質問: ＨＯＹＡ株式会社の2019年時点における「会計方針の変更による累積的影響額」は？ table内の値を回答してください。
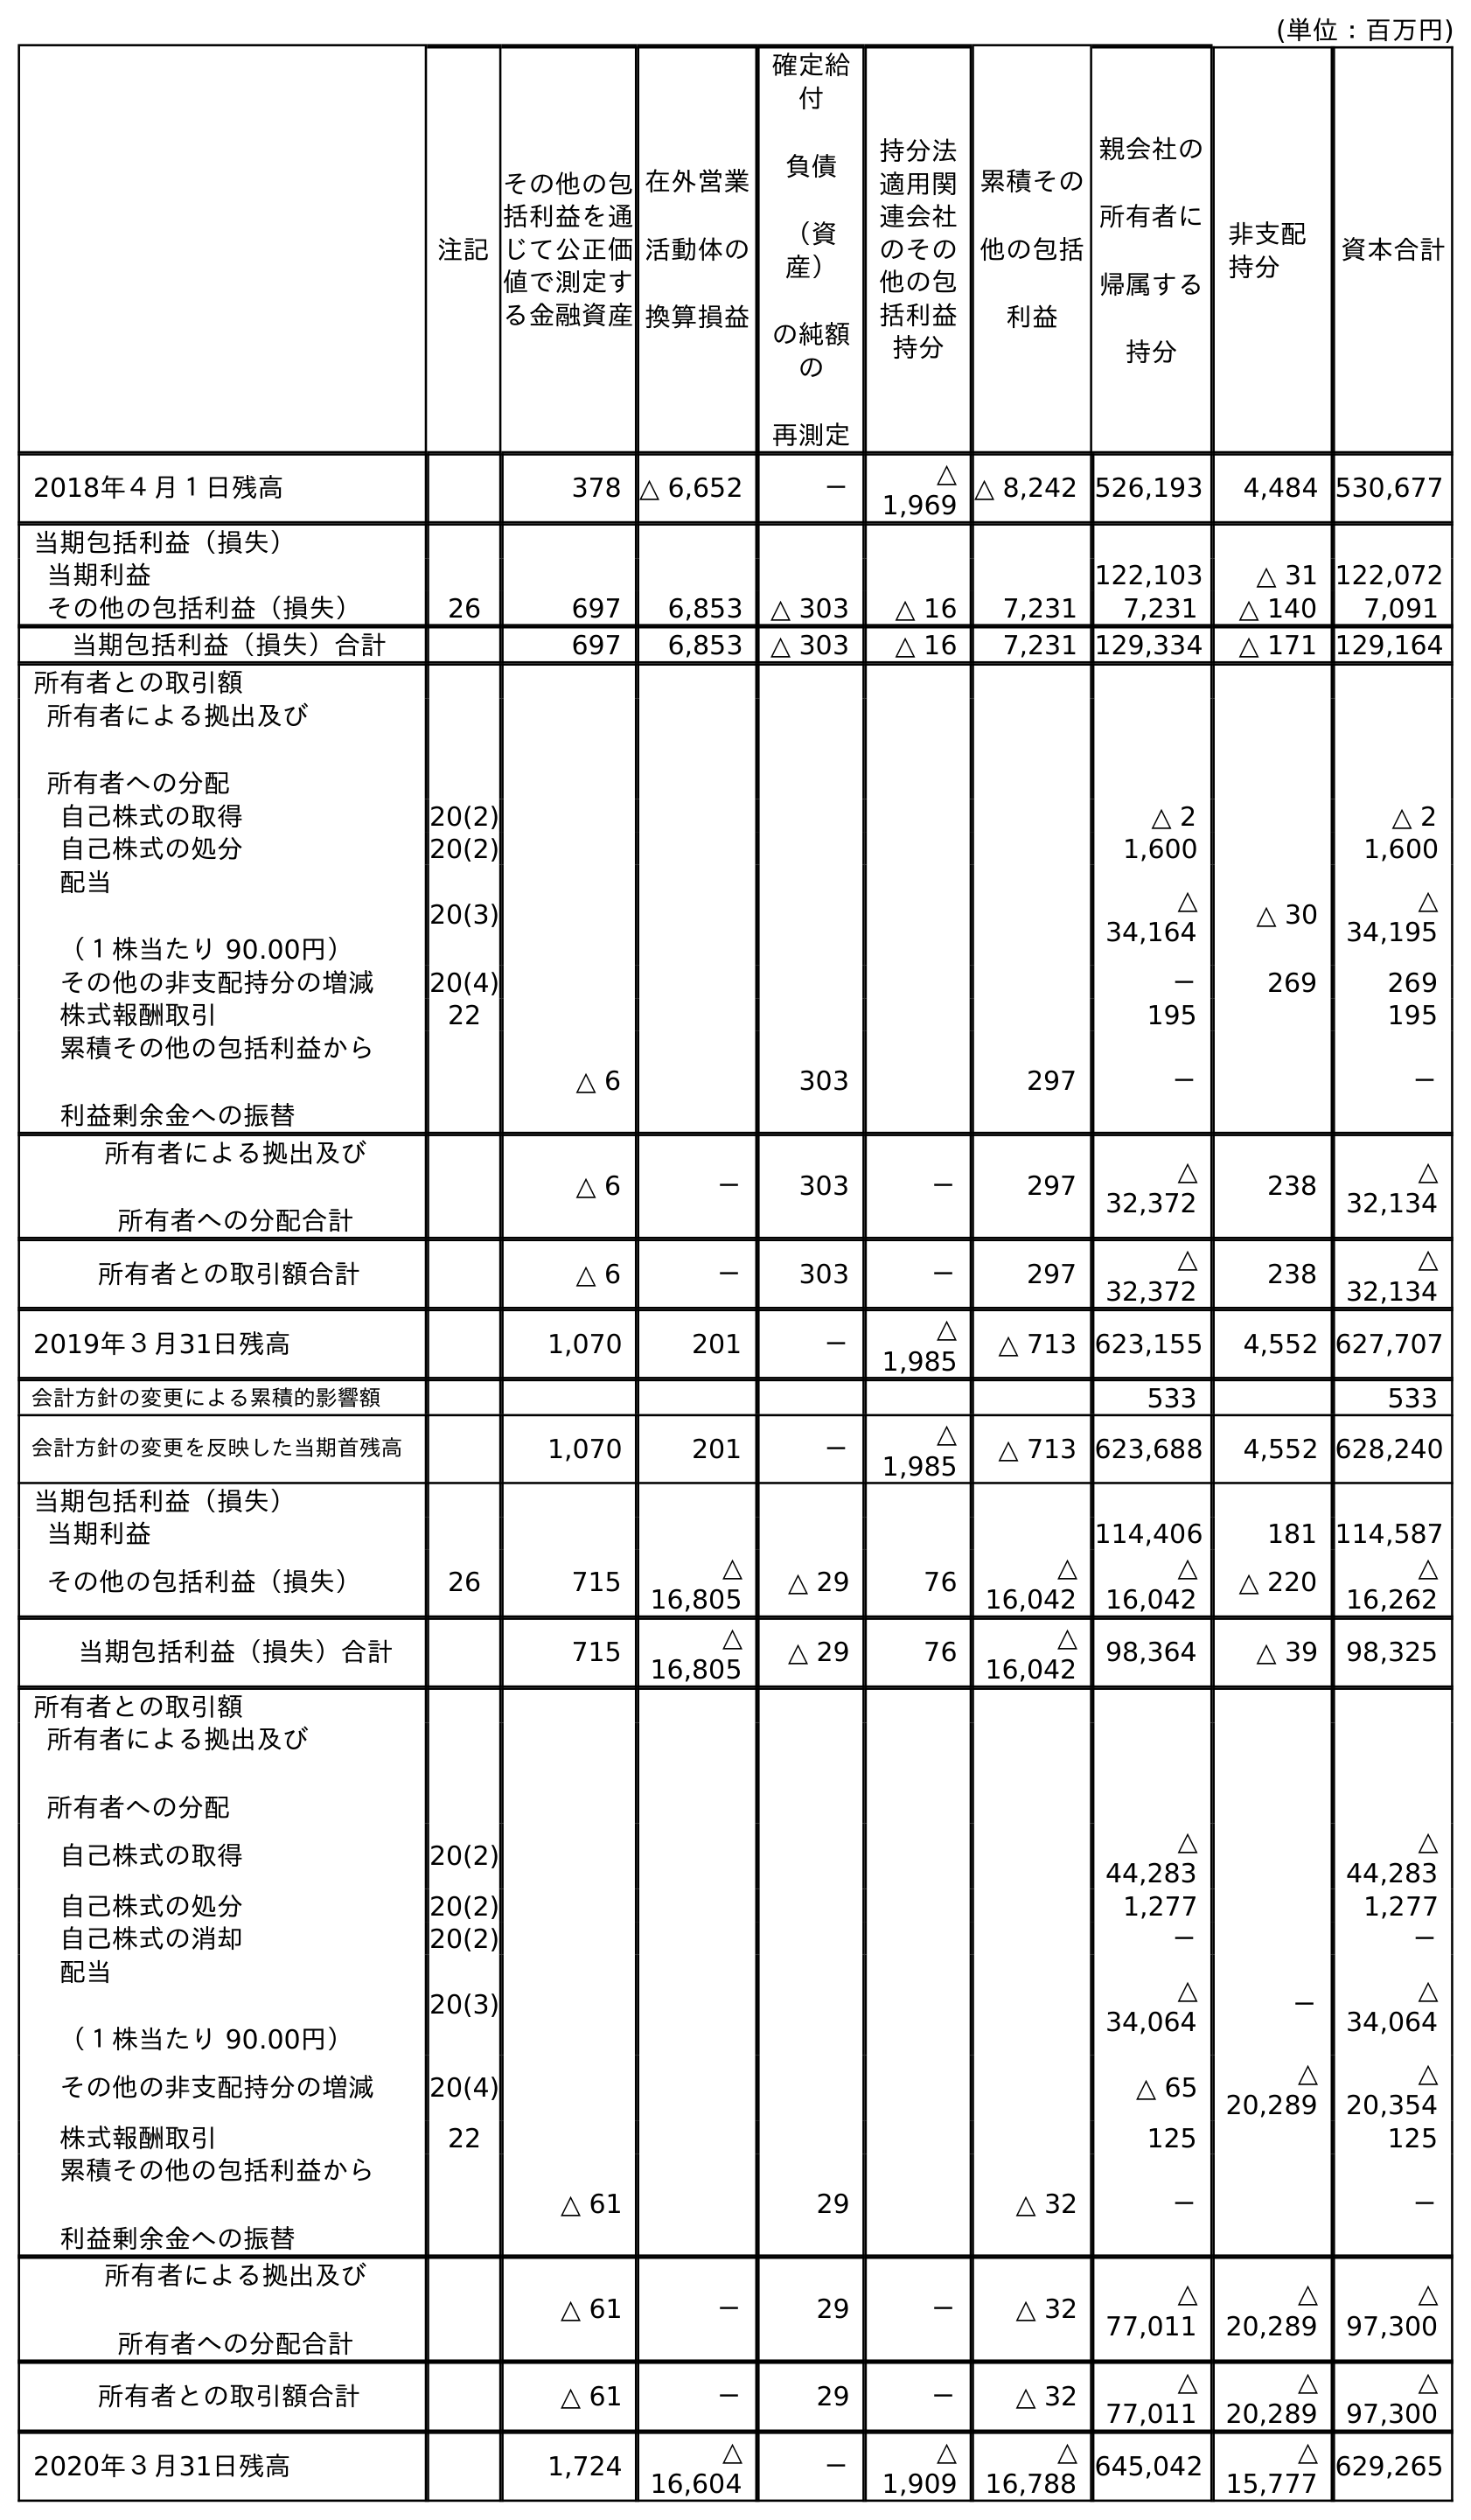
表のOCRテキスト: (単位：百万円) 注記 親会社の 所有者に 帰属する 持分 非支配 持分 資本合計 その他の包 括利益を通 じて公正価 値で測定す る金融資産 在外営業 活動体の 換算損益 確定給 付 負債 （資 産） の純額 の 再測定 持分法 適用関 連会社 のその 他の包 括利益 持分 累積その 他の包括 利益 2018年４月１日残高 378 △ 6,652 － △ 1,969 △ 8,242 526,193 4,484 530,677 当期包括利益（損失） 当期利益 122,103 △ 31 122,072 その他の包括利益（損失） 26 697 6,853 △ 303 △ 16 7,231 7,231 △ 140 7,091 当期包括利益（損失）合計 697 6,853 △ 303 △ 16 7,231 129,334 △ 171 129,164 所有者との取引額 所有者による拠出及び 所有者への分配 自己株式の取得 20(2) △ 2 △ 2 自己株式の処分 20(2) 1,600 1,600 配当 （１株当たり 90.00円） 20(3) △ 34,164 △ 30 △ 34,195 その他の非支配持分の増減 20(4) － 269 269 株式報酬取引 22 195 195 累積その他の包括利益から 利益剰余金への振替 △ 6 303 297 － － 所有者による拠出及び 所有者への分配合計 △ 6 － 303 － 297 △ 32,372 238 △ 32,134 所有者との取引額合計 △ 6 － 303 － 297 △ 32,372 238 △ 32,134 2019年３月31日残高 1,070 201 － △ 1,985 △ 713 623,155 4,552 627,707 会計方針の変更による累積的影響額 533 533 会計方針の変更を反映した当期首残高 1,070 201 － △ 1,985 △ 713 623,688 4,552 628,240 当期包括利益（損失） 当期利益 114,406 181 114,587 その他の包括利益（損失） 26 715 △ 16,805 △ 29 76 △ 16,042 △ 16,042 △ 220 △ 16,262 当期包括利益（損失）合計 715 △ 16,805 △ 29 76 △ 16,042 98,364 △ 39 98,325 所有者との取引額 所有者による拠出及び 所有者への分配 自己株式の取得 20(2) △ 44,283 △ 44,283 自己株式の処分 20(2) 1,277 1,277 自己株式の消却 20(2) － － 配当 （１株当たり 90.00円） 20(3) △ 34,064 － △ 34,064 その他の非支配持分の増減 20(4) △ 65 △ 20,289 △ 20,354 株式報酬取引 22 125 125 累積その他の包括利益から 利益剰余金への振替 △ 61 29 △ 32 － － 所有者による拠出及び 所有者への分配合計 △ 61 － 29 － △ 32 △ 77,011 △ 20,289 △ 97,300 所有者との取引額合計 △ 61 － 29 － △ 32 △ 77,011 △ 20,289 △ 97,300 2020年３月31日残高 1,724 △ 16,604 － △ 1,909 △ 16,788 645,042 △ 15,777 629,265
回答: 533